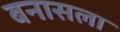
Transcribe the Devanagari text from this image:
बनासला